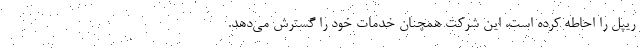
ریپل را احاطه کرده است، این شرکت همچنان خدمات خود را گسترش می‌دهد.